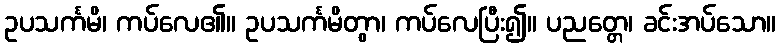
ဥပသင်္ကမိ၊ ကပ်လေ၏။ ဥပသင်္ကမိတွာ၊ ကပ်လေပြီး၍။ ပညတ္တေ၊ ခင်းအပ်သော။